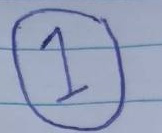
1